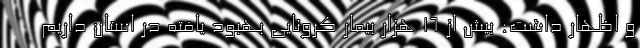
و اظهار داشت: بیش از ۱۶ هزار بیمار کرونایی بهبود یافته در استان داریم